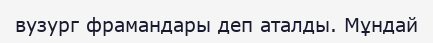
вузург фрамандары деп аталды. Мұндай